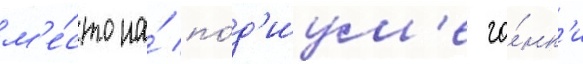
м'е́сто на́ по́д'иум'е го́нк'и